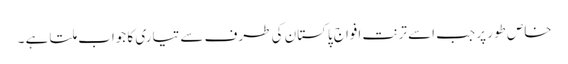
خاص طور پر جب اسے ترنت افواجِ پاکستان کی طرف سے تیاری کا جواب ملتا ہے ۔